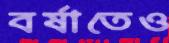
বর্ষাতেও